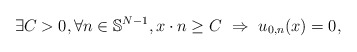
\begin{align*}\exists C >0, \forall n \in \mathbb{S}^{N-1}, x\cdot n \geq C \ \Rightarrow \ u_{0,n} (x) = 0,\end{align*}